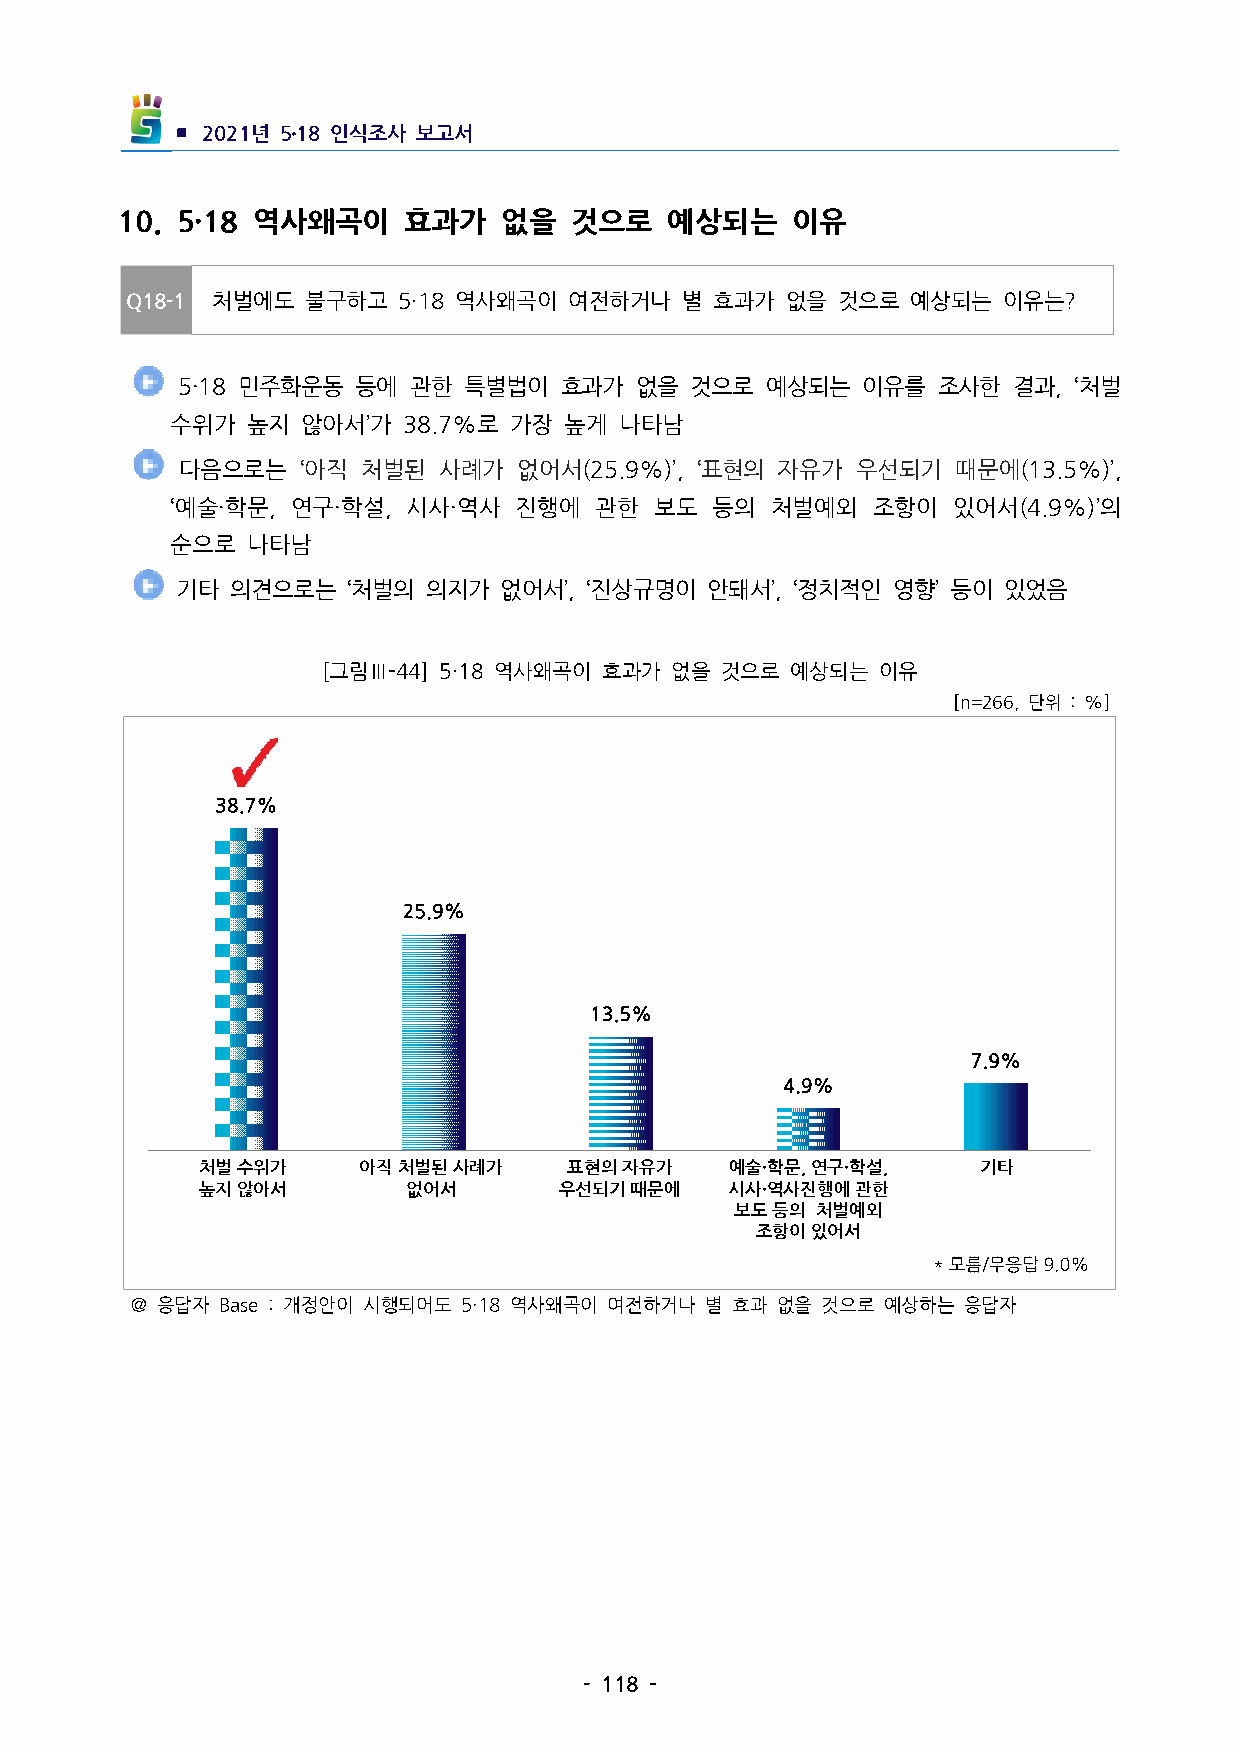
▪ 2021년 5․18인식조사 보고서
 10. 5·18 역사왜곡이   효과가   없을   것으로   예상되는    이유
 Q18-1 처벌에도  불구하고  5·18역사왜곡이  여전하거나  별 효과가  없을 것으로  예상되는  이유는?
  5·18민주화운동 등에 관한  특별법이  효과가  없을  것으로  예상되는  이유를  조사한  결과, ‘처벌
 수위가  높지  않아서’가38.7%로  가장 높게  나타남
  다음으로는  ‘아직 처벌된  사례가  없어서(25.9%)’, ‘표현의 자유가 우선되기 때문에(13.5%)’,
 ‘예술·학문, 연구·학설, 시사·역사 진행에  관한  보도  등의  처벌예외   조항이  있어서(4.9%)’의
 순으로나타남
 기타 의견으로는   ‘처벌의 의지가  없어서’,‘진상규명이  안돼서’,‘정치적인 영향’등이 있었음
 [그림Ⅲ-44] 5·18역사왜곡이 효과가 없을 것으로 예상되는  이유
 [n=266,단위 :%]
 처벌수위가      아직처벌된사례가      표현의자유가    예술·학문,연구·학설,   기타
 높지않아서         없어서       우선되기때문에    시사·역사진행에관한
 보도등의 처벌예외
 조항이있어서
 ＠응답자 Base:개정안이 시행되어도 5·18역사왜곡이 여전하거나 별 효과 없을 것으로 예상하는 응답자
 -118-